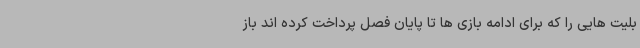
بلیت هایی را که برای ادامه بازی ها تا پایان فصل پرداخت کرده اند باز